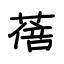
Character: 蓓